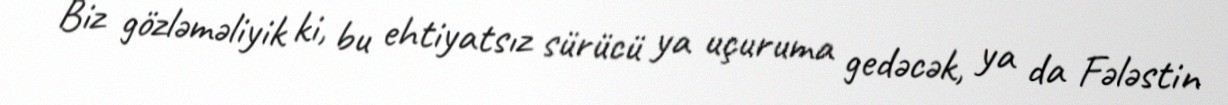
Biz gözləməliyik ki, bu ehtiyatsız sürücü ya uçuruma gedəcək, ya da Fələstin